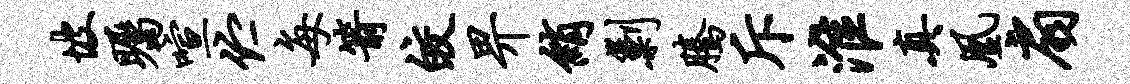
坡瞩喧伫每箭皎畀绡剿腾斥淮真凰扇